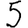
Digit: 5